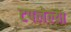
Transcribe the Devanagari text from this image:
टपलेल्या